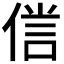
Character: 𠋜